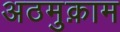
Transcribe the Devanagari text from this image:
अठमुक़ाम